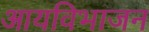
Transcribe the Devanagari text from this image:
आयविभाजन